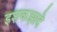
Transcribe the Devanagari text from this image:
इशकझादे